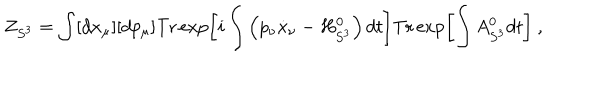
Z _ { S ^ { 3 } } = \int [ d x _ { \mu } ] [ d p _ { \mu } ] \mathrm { T r } \exp \left[ i \int \left( p _ { \nu } \dot { x } _ { \nu } - H _ { S ^ { 3 } } ^ { 0 } \right) d t \right] \mathrm { T r } \exp \left[ \int A _ { S ^ { 3 } } ^ { 0 } d t \right] \ ,